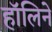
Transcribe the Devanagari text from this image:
हॉलिने